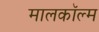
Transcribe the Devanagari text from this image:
मालकॉल्म